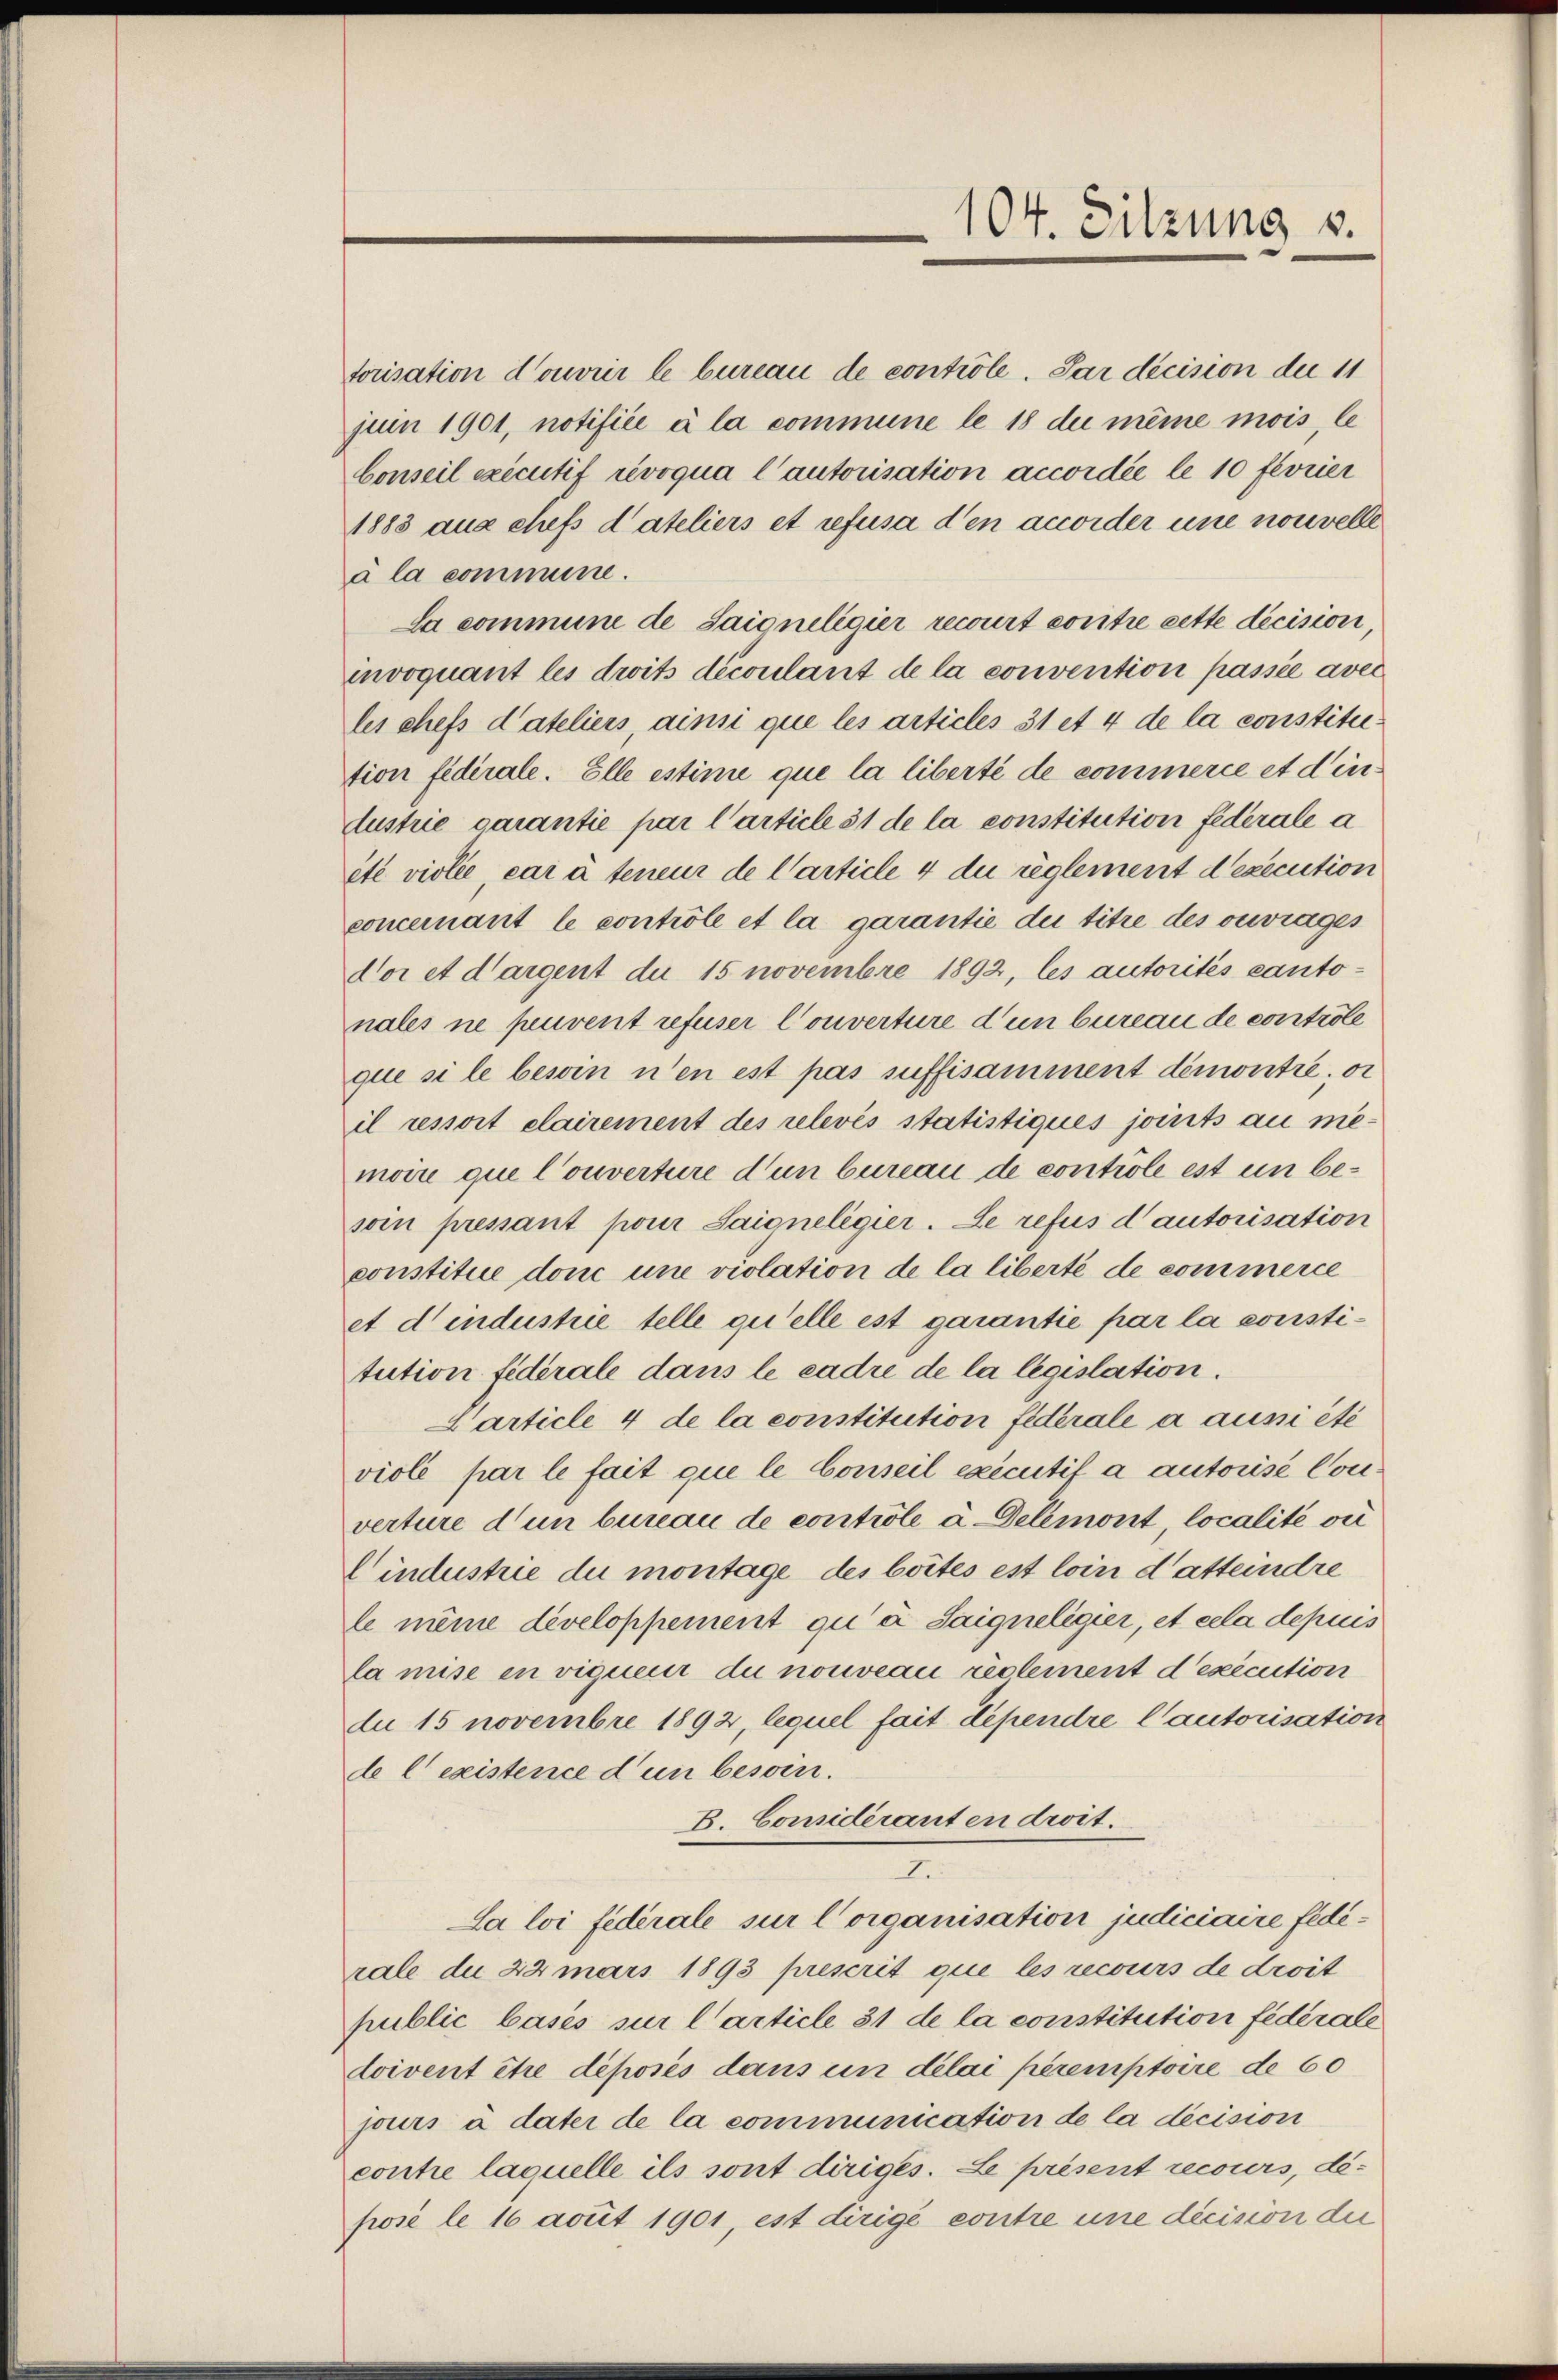
104. Sitzung v.

torisation d’ouvrir le bureau de controle. Par decision der 11
juin 1901, notifice à la commune le 18 de même mois, le
bonseil exécutif révoqua l’autorisation accordée le 10 février
1883 aux chefs dateliers et refusa den accorder une nouvelle
à la commune.
la commune de Saigneligier recourt contre cette decision
invoquant les droits découlant de la convention passée avec
les chefs d’ateliers, ains que les articles 31 et 4 de la constitution fidérale. Elle estime que la liberté de commerce et die
dustrie garantie par l’article 31 de la constitution federale a
été violie, car à teneur de l’article 4 du reglement d’execution
concernant le controle et la garantie die titre des ouvrages
Vor et dargent du 15 novembre 1892, les autorités canto-
nales ne peuvent refuser Couverture d’un bureau de controle
que si le besoin n’en est pas suffisamment demontre, o
il ressort clairement des relevés statistiques joints au me-
moire que Couverture d’un bureau de controle est un besoin pressant pour Saioneligier. Le refus d’autorisation
constitue don une violation de la liberté de commerce
et d’industrie telle qu’elle est garantie par la constitution fidérale dans le cadre de la legislation.
Carticle 4 de la constitution fiderale a aussi etc
viole par le fait que le Conseil executif à autorisé Cou-
verture d’un bureau de controle à Delémont, localité ou
Cindustrie du montage des boites est loin dasteindre
le même developpement qu’ à Saigneligier, et cela depuis
la mise in vigueur du nouveau reglement d’exécution
du 15 novembre 1892, lequel fait dependre l’autorisation
de l’existence d un besoin.
B. Considéranten droit.
Lei
La loi fédérale sur l’organisation judiciaire fédérale du 22 mars 1893 prescrit que les recours de droit
public basés sur l’article 31 de la constitution fédérale
doivent être déposés dans un délai péremptoire de 60
jours à dater de la communication de la décision
contre laquelle ils sont diriges. Le présent recours, dé-
posé le 16 acuit 1901, est dirigé contre une dicision der